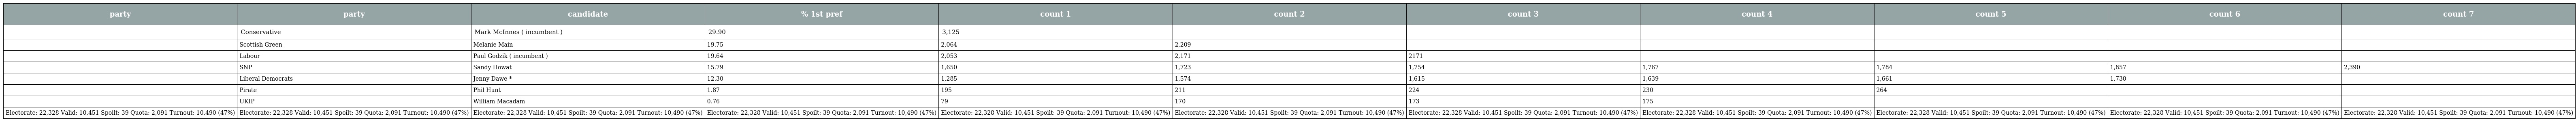
| party | party | candidate | % 1st pref | count 1 | count 2 | count 3 | count 4 | count 5 | count 6 | count 7 |
 | --- | --- | --- | --- | --- | --- | --- | --- | --- | --- | --- |
 |  | Conservative | Mark McInnes ( incumbent ) | 29.90 | 3,125 |  |  |  |  |  |  |
 |  | Scottish Green | Melanie Main | 19.75 | 2,064 | 2,209 |  |  |  |  |  |
 |  | Labour | Paul Godzik ( incumbent ) | 19.64 | 2,053 | 2,171 | 2171 |  |  |  |  |
 |  | SNP | Sandy Howat | 15.79 | 1,650 | 1,723 | 1,754 | 1,767 | 1,784 | 1,857 | 2,390 |
 |  | Liberal Democrats | Jenny Dawe * | 12.30 | 1,285 | 1,574 | 1,615 | 1,639 | 1,661 | 1,730 |  |
 |  | Pirate | Phil Hunt | 1.87 | 195 | 211 | 224 | 230 | 264 |  |  |
 |  | UKIP | William Macadam | 0.76 | 79 | 170 | 173 | 175 |  |  |  |
 | Electorate: 22,328 Valid: 10,451 Spoilt: 39 Quota: 2,091 Turnout: 10,490 (47%) | Electorate: 22,328 Valid: 10,451 Spoilt: 39 Quota: 2,091 Turnout: 10,490 (47%) | Electorate: 22,328 Valid: 10,451 Spoilt: 39 Quota: 2,091 Turnout: 10,490 (47%) | Electorate: 22,328 Valid: 10,451 Spoilt: 39 Quota: 2,091 Turnout: 10,490 (47%) | Electorate: 22,328 Valid: 10,451 Spoilt: 39 Quota: 2,091 Turnout: 10,490 (47%) | Electorate: 22,328 Valid: 10,451 Spoilt: 39 Quota: 2,091 Turnout: 10,490 (47%) | Electorate: 22,328 Valid: 10,451 Spoilt: 39 Quota: 2,091 Turnout: 10,490 (47%) | Electorate: 22,328 Valid: 10,451 Spoilt: 39 Quota: 2,091 Turnout: 10,490 (47%) | Electorate: 22,328 Valid: 10,451 Spoilt: 39 Quota: 2,091 Turnout: 10,490 (47%) | Electorate: 22,328 Valid: 10,451 Spoilt: 39 Quota: 2,091 Turnout: 10,490 (47%) | Electorate: 22,328 Valid: 10,451 Spoilt: 39 Quota: 2,091 Turnout: 10,490 (47%) |